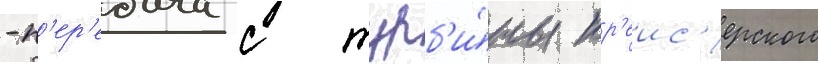
-п'ер'едача с турб'и́ны кр'еис'ерского